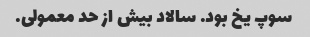
سوپ یخ بود. سالاد بیش از حد معمولی.